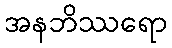
အနဘိဿရော